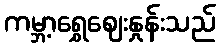
ကမ္ဘာ့ရွှေဈေးနှုန်းသည်